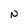
Character: N